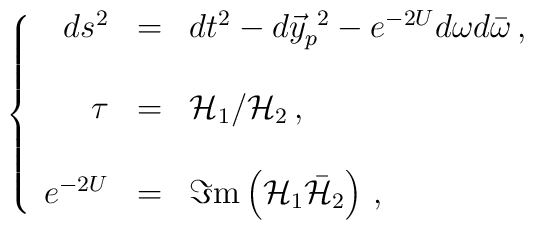
\left\{ \begin{array}{rcl}ds^{2} & = & dt^{2}-d\vec{y}_{p}^{\ 2} -e^{-2U}d\omega d\bar{\omega}\, ,\\& & \\\tau & = & {\cal H}_{1}/{\cal H}_{2}\, ,\\& & \\e^{-2U} & = & \Im {\rm m}\left( {\cal H}_{1}\bar{\cal H}_{2}\right)\, ,\\\end{array}\right.